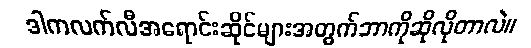
ဒါကလက်လီအရောင်းဆိုင်များအတွက်ဘာကိုဆိုလိုတာလဲ။